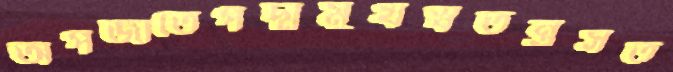
অপজাতেপদ্মমুখস্বতন্ত্রসত